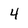
Character: 4